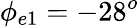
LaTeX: \phi_{e1}=-28^{o}